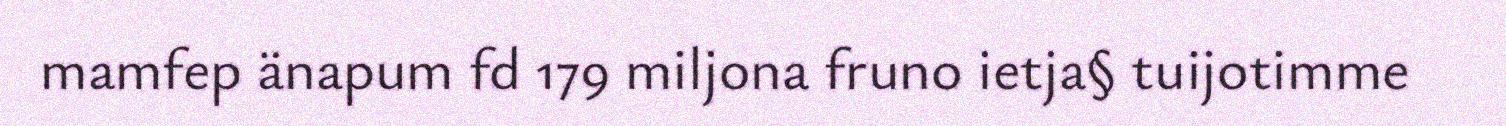
mamfep änapum fd 179 miljona fruno ietja§ tuijotimme